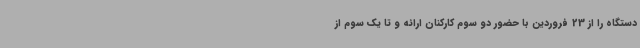
دستگاه را از 23 فروردین با حضور دو سوم کارکنان ارائه و تا یک سوم از